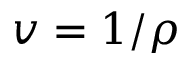
v = 1 / \rho